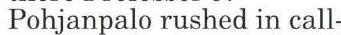
Pohjanpalo rushed in call